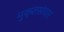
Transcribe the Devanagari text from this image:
मुक्तसंचार